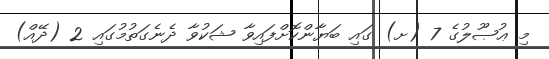
މި ޢުޞޫލުގެ 7 (ށ) ގައި ބަޔާންކޮށްފައިވާ ޝަކުވާ ދެނެގަތުމުގައި 2 (ދޭއް)